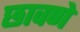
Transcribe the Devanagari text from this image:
छावणे